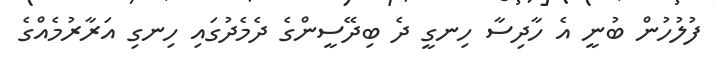
ފުލުހުން ބުނީ އެ ހާދިސާ ހިނގީ ދެ ބިދޭސީންގެ ދެމެދުގައި ހިނގި އަރާރުމެއްގެ